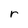
Character: r